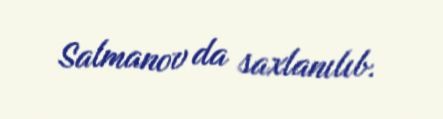
Salmanov da saxlanılıb.